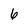
Character: 6